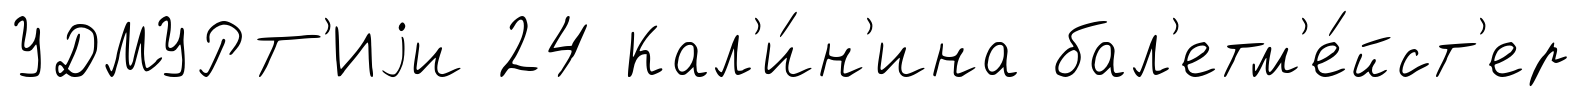
УДМУРТ'Иjи 24 Кал'и́н'ина бал'етм'е́йст'ер